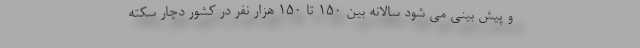
و پیش بینی می شود سالانه بین ۱۵۰ تا ۱۵۰ هزار نفر در کشور دچار سکته